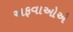
અફવાઓએ